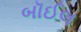
બૉઈલ